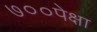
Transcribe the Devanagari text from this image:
७००पेक्षा